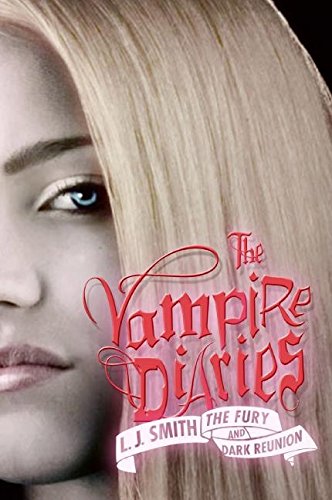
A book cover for The Fury and Dark Reunion (The Vampire Diaries); L. J. Smith; Teen & Young Adult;